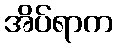
အိပ်ရာက